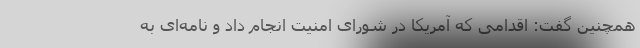
همچنین گفت: اقدامی که آمریکا در شورای امنیت انجام داد و نامه‌ای به